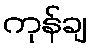
ကုန်ချ